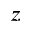
z